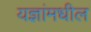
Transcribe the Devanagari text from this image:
यज्ञांमधील